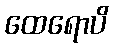
ထေရောပိ